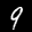
Label: 9